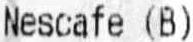
NESCAFE (B)